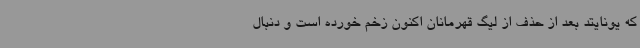
که یونایتد بعد از حذف از لیگ قهرمانان اکنون زخم خورده است و دنبال